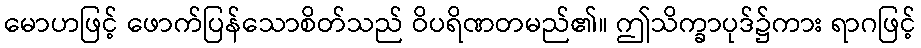
မောဟဖြင့် ဖောက်ပြန်သောစိတ်သည် ဝိပရိဏတမည်၏။ ဤသိက္ခာပုဒ်၌ကား ရာဂဖြင့်